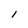
Character: 1